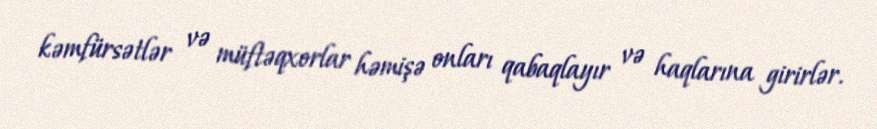
kəmfürsətlər və müftəqxorlar həmişə onları qabaqlayır və haqlarına girirlər.